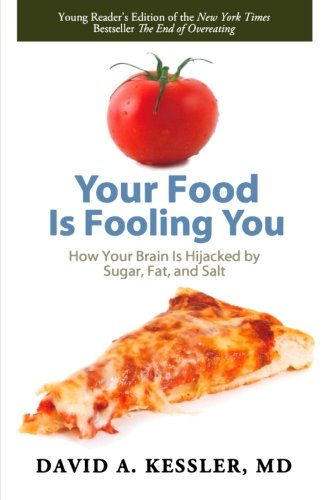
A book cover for Your Food Is Fooling You: How Your Brain Is Hijacked by Sugar, Fat, and Salt; David A. Kessler; Teen & Young Adult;